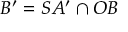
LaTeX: B ^ { \prime } = S A ^ { \prime } \cap O B